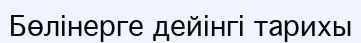
Бөлінерге дейінгі тарихы